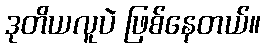
ဒုတိယလူပဲ ဖြစ်နေတယ်။